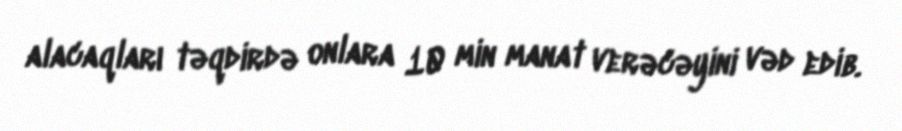
alacaqları təqdirdə onlara 10 min manat verəcəyini vəd edib.